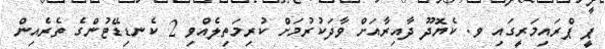
ޕީ ޕްރައިމަރީގައި ވ. ކެޔޮދޫ ދާއިރާއަށް ވާދަކުރުމަށް ކުރިމަތިލެއްވި 2 ކެނޑިޑޭޓުންގެ ތެރެއިން